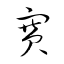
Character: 賽